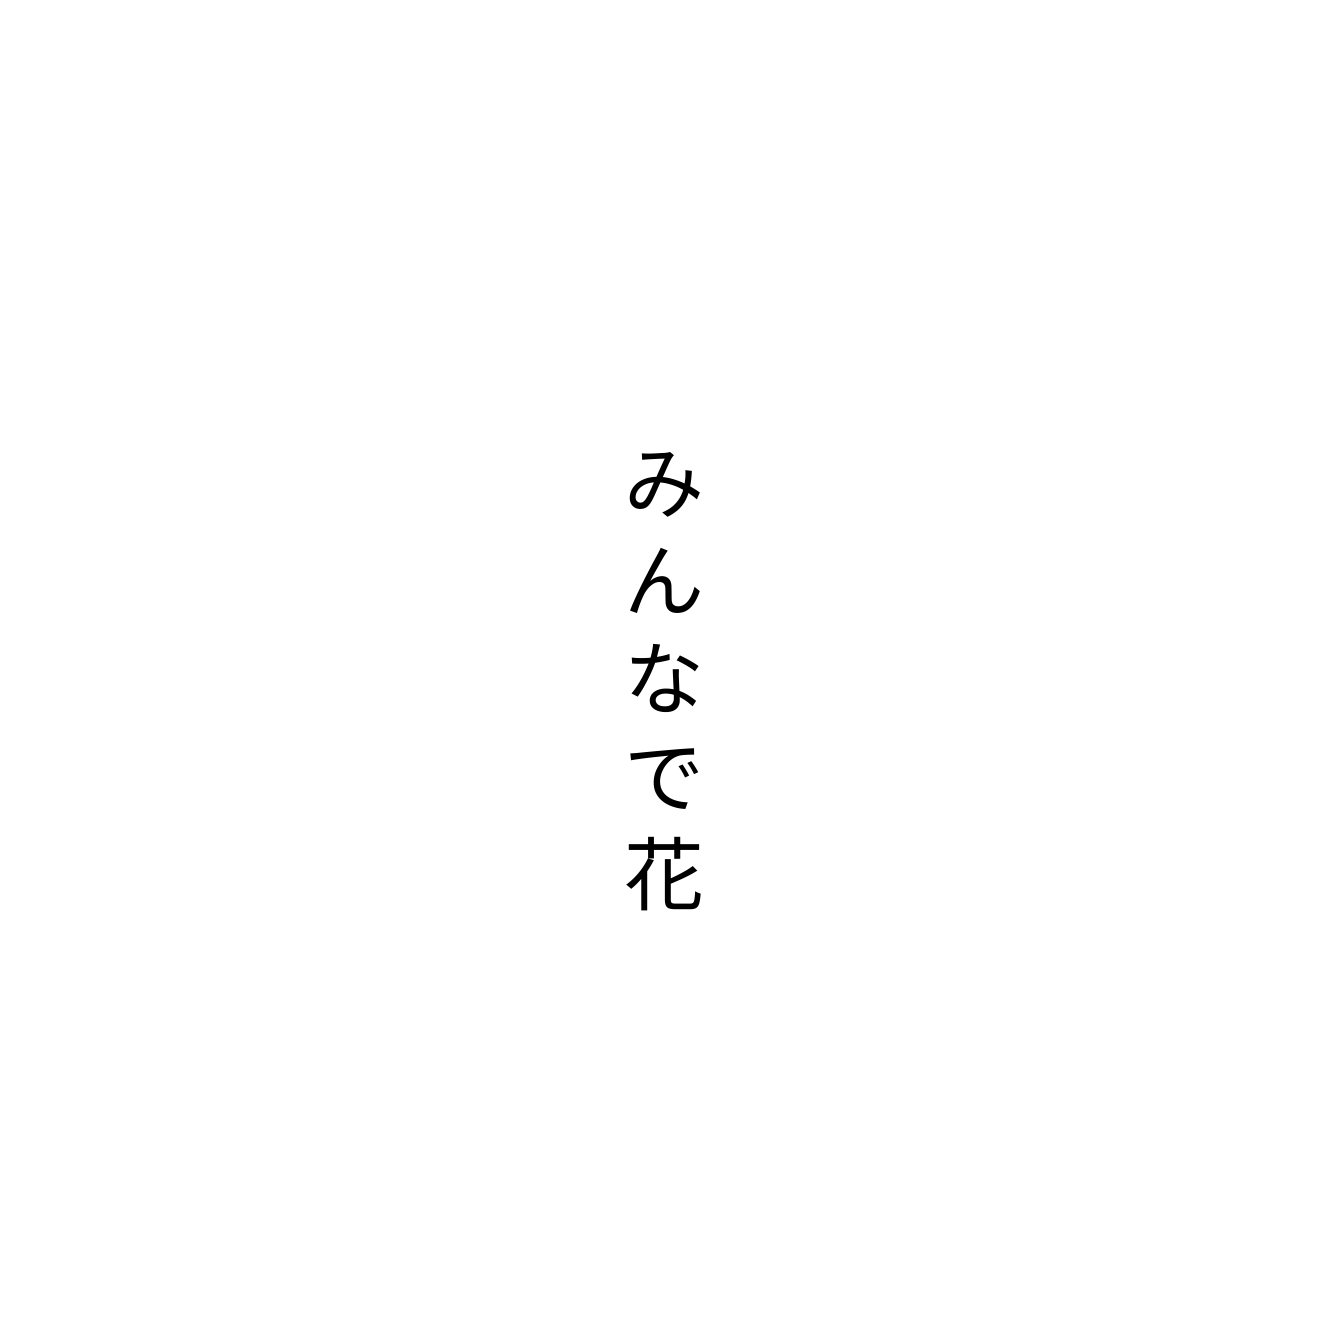
みんなで花